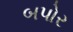
બપોર